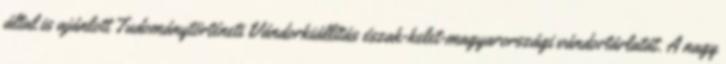
által is ajánlott Tudománytörténeti Vándorkiállítás észak-kelet-magyarországi vándortárlatát. A nagy